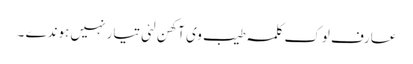
عارف لوک کلمہ طیب وی آکھن لئی تیار نہیں ہوندے ۔